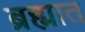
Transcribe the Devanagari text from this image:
ब्रह्मात